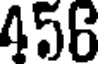
456